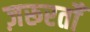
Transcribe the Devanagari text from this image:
ज़रूरतोँ